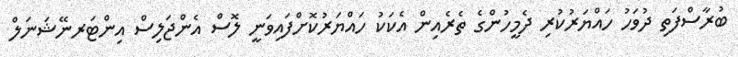
ބުރާސްފަތި ދުވަހު ހައްޔަރުކުރި ދެމީހުންގެ ތެރެއިން އެކަކު ހައްޔަރުކޮށްފައިވަނީ ލޮސް އެންޖަލިސް އިންޓަރނޭޝަނަލް